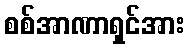
စစ်အာဏာရှင်အား